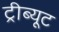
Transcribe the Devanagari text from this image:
ट्रीब्यूट